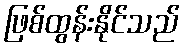
ဖြစ်ထွန်းနိုင်သည်